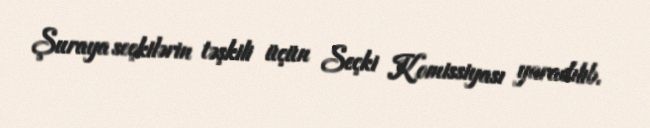
Şuraya seçkilərin təşkili üçün Seçki Komissiyası yaradılıb.